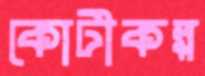
কোটীকল্প